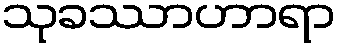
သုခဿာဟာရာ